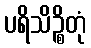
ပရိသိဉ္စိတုံ